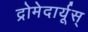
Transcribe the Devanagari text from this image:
द्रोमेदार्यूस्